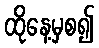
ထိုနေ့မှစ၍